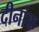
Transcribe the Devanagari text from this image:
दीनांक